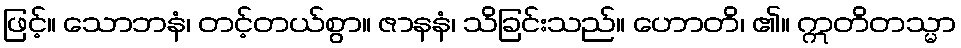
ဖြင့်။ သောဘနံ၊ တင့်တယ်စွာ။ ဇာနနံ၊ သိခြင်းသည်။ ဟောတိ၊ ၏။ ဣတိတသ္မာ